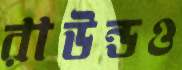
রাউন্ডও